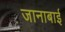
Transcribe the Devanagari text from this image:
जानाबाई